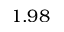
1 . 9 8